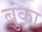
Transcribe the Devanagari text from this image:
बुंका